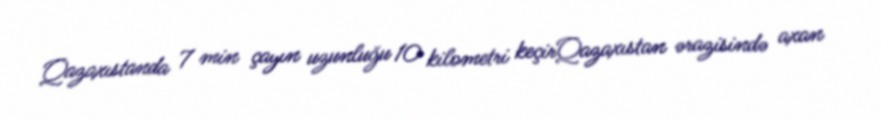
Qazaxıstanda 7 min çayın uzunluğu 10 kilometri keçirQazaxıstan ərazisində axan